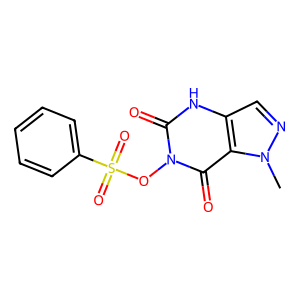
SMILES: Cn1ncc2[nH]c(=O)n(OS(=O)(=O)c3ccccc3)c(=O)c21
Inhibits HIV replication: No